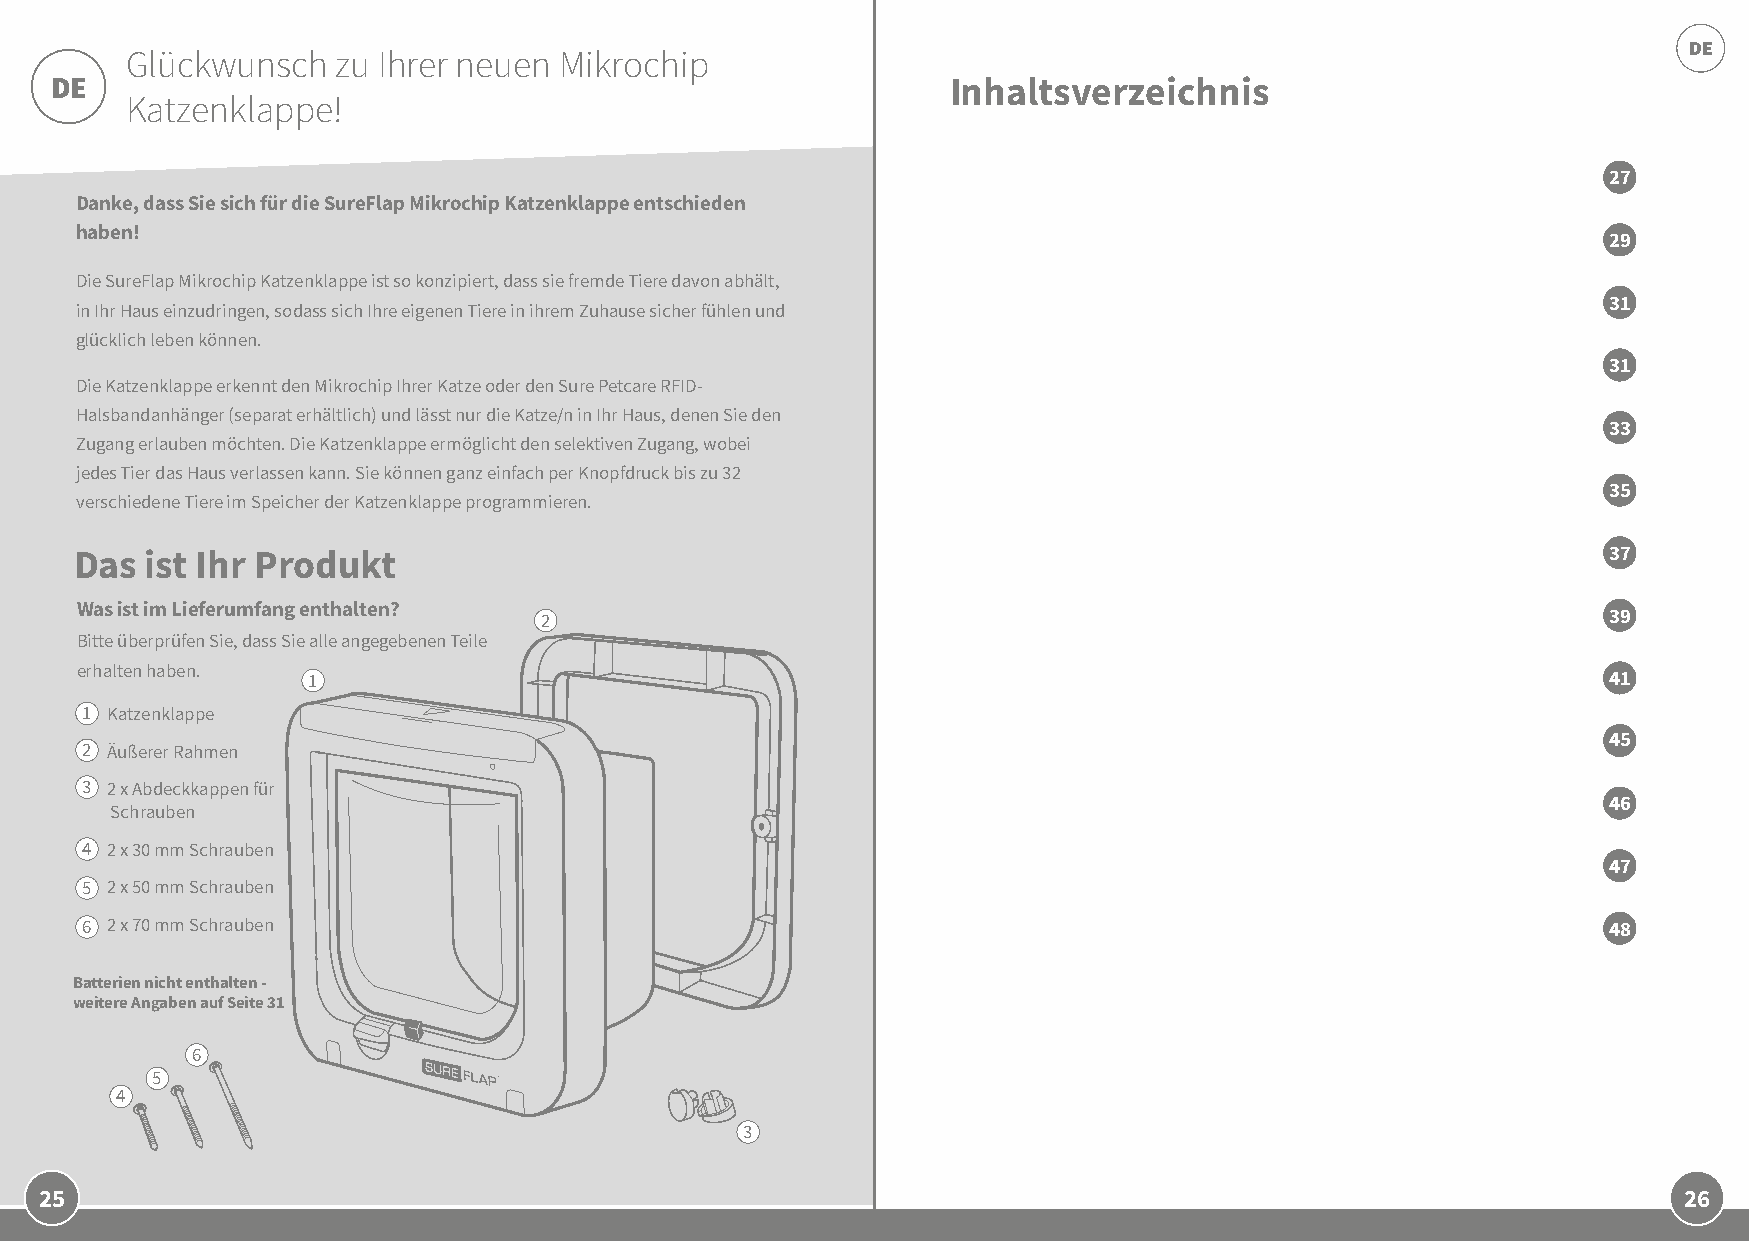
DE
 Glückwunsch   zu Ihrer neuen Mikrochip
 DE                                                          Inhaltsverzeichnis
 Katzenklappe!
 27
 Danke, dass Sie sich für die SureFlap Mikrochip Katzenklappe entschieden
 haben!
 29
 Die SureFlap Mikrochip Katzenklappe ist so konzipiert, dass sie fremde Tiere davon abhält,
 31
 in Ihr Haus einzudringen, sodass sich Ihre eigenen Tiere in ihrem Zuhause sicher fühlen und
 glücklich leben können.
 31
 Die Katzenklappe erkennt den Mikrochip Ihrer Katze oder den Sure Petcare RFID-
 Halsbandanhänger (separat erhältlich) und lässt nur die Katze/n in Ihr Haus, denen Sie den
 33
 Zugang erlauben möchten. Die Katzenklappe ermöglicht den selektiven Zugang, wobei
 jedes Tier das Haus verlassen kann. Sie können ganz einfach per Knopfdruck bis zu 32
 35
 verschiedene Tiere im Speicher der Katzenklappe programmieren.
 Das  ist Ihr Produkt                                                                                 37
 Was ist im Lieferumfang enthalten?
 2                                                                     39
 Bitte überprüfen Sie, dass Sie alle angegebenen Teile
 erhalten haben.
 1                                                                                     41
 1 Katzenklappe
 45
 2 Äußerer Rahmen
 3 2 x Abdeckkappen für
 46
 Schrauben
 4 2 x 30 mm Schrauben
 47
 5 2 x 50 mm Schrauben
 6 2 x 70 mm Schrauben                                                                                48
 Batterien nicht enthalten -
 weitere Angaben auf Seite 31
 6
 5
 4
 3
 25                                                                                                          26